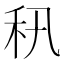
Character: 𥝡